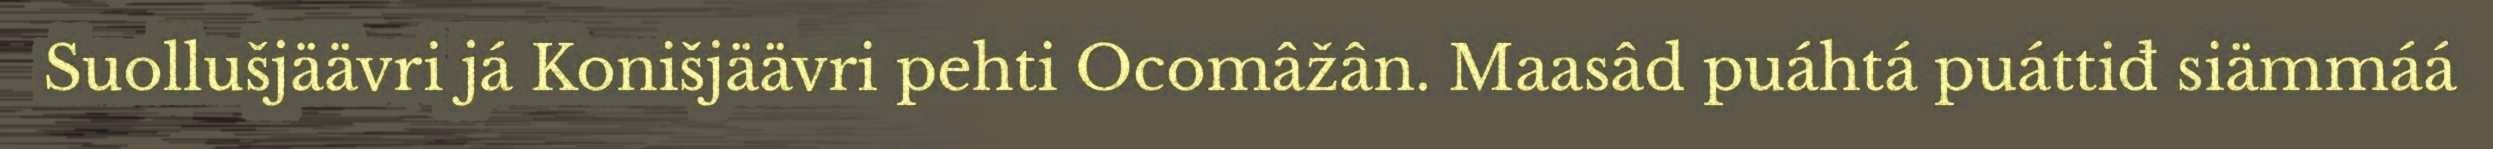
Suollušjäävri já Konišjäävri pehti Ocomâžân. Maasâd puáhtá puáttiđ siämmáá